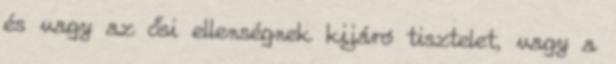
és vagy az ősi ellenségnek kijáró tisztelet, vagy a